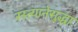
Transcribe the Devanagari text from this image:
रस्त्यानेसुद्धा